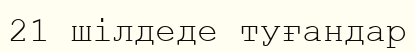
21 шілдеде туғандар